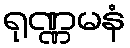
ရုဏ္ဏမနံ